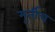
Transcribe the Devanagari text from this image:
मूर्तीच